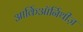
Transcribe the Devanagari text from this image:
आर्किऑर्निथीज़